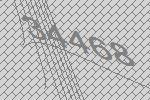
34468